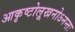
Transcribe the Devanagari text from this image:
आकृष्टोलूखनोऽनन्तः